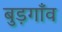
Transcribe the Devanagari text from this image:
बुड़गाँव